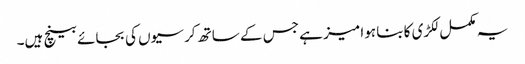
یہ مکمل لکڑی کا بنا ہوا میز ہے جس کے ساتھ کرسیوں کی بجائے بینچ ہیں۔